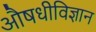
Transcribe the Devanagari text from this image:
औषधीविज्ञान